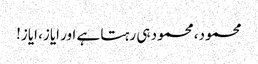
محمود، محمود ہی رہتا ہے اور ایاز، ایاز!